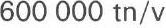
600 000 tn/v